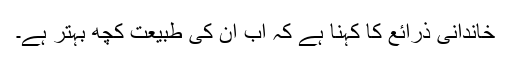
خاندانی ذرائع کا کہنا ہے کہ اب ان کی طبیعت کچھ بہتر ہے۔